Leaving Certificate Examination, 1913
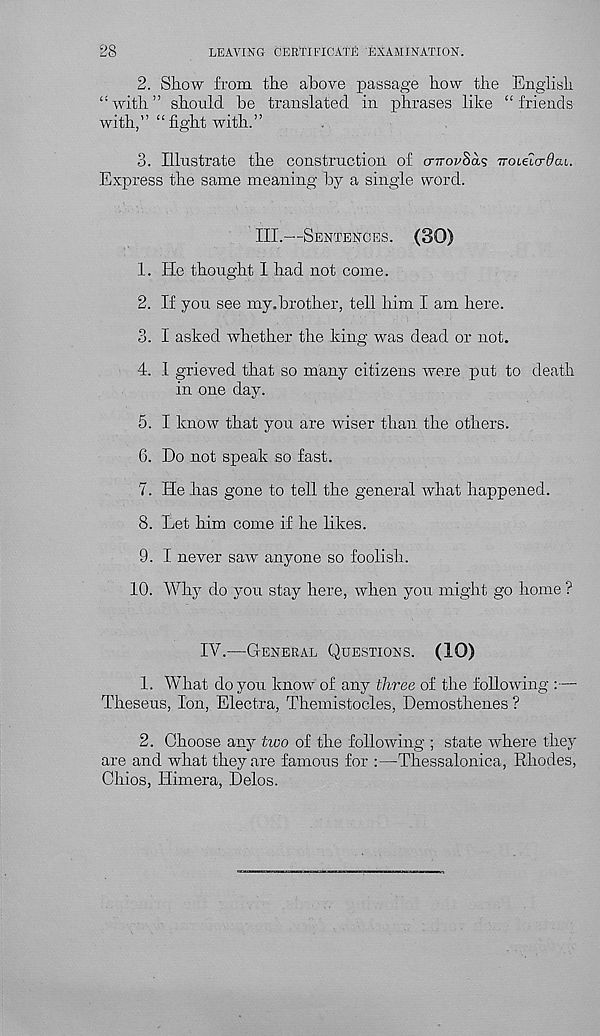
28
LEAVING CERTIFICATE EXAMINATION.
2. Show fi-oin the above passage how the English
“with” should be translated in phrases like “friends
with,” “fight with.”
3. Illustrate the construction of crn-oi'Sas iroieTcrtfcu.
Express the same meaning by a single word.
III.—SENTENCES. (SO)
1. He thought I had not come.
2. If you see my.brother, tell him I am here.
3. I asked whether the king was dead or not.
4. I grieved that so many citizens were put to death
in one day.
5. I know that you are wiser than the others.
6. Do not speak so fast.
7. He has gone to tell the general what happened.
8. Let him come if he likes.
9. I never saw anyone so foolish.
10.
Why do you stay
IV.—GENERAL QUESTIONS. (10)
1. What do you know of any three of the following :—
Theseus, Ion, Electra, Themistocles, Demosthenes ?
2. Choose any two of the following ; state where they
are and what they are famous for :—Thessalonica, Rhodes,
Chios, Himera, Delos.